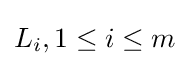
L_{i},1\leq i\leq m